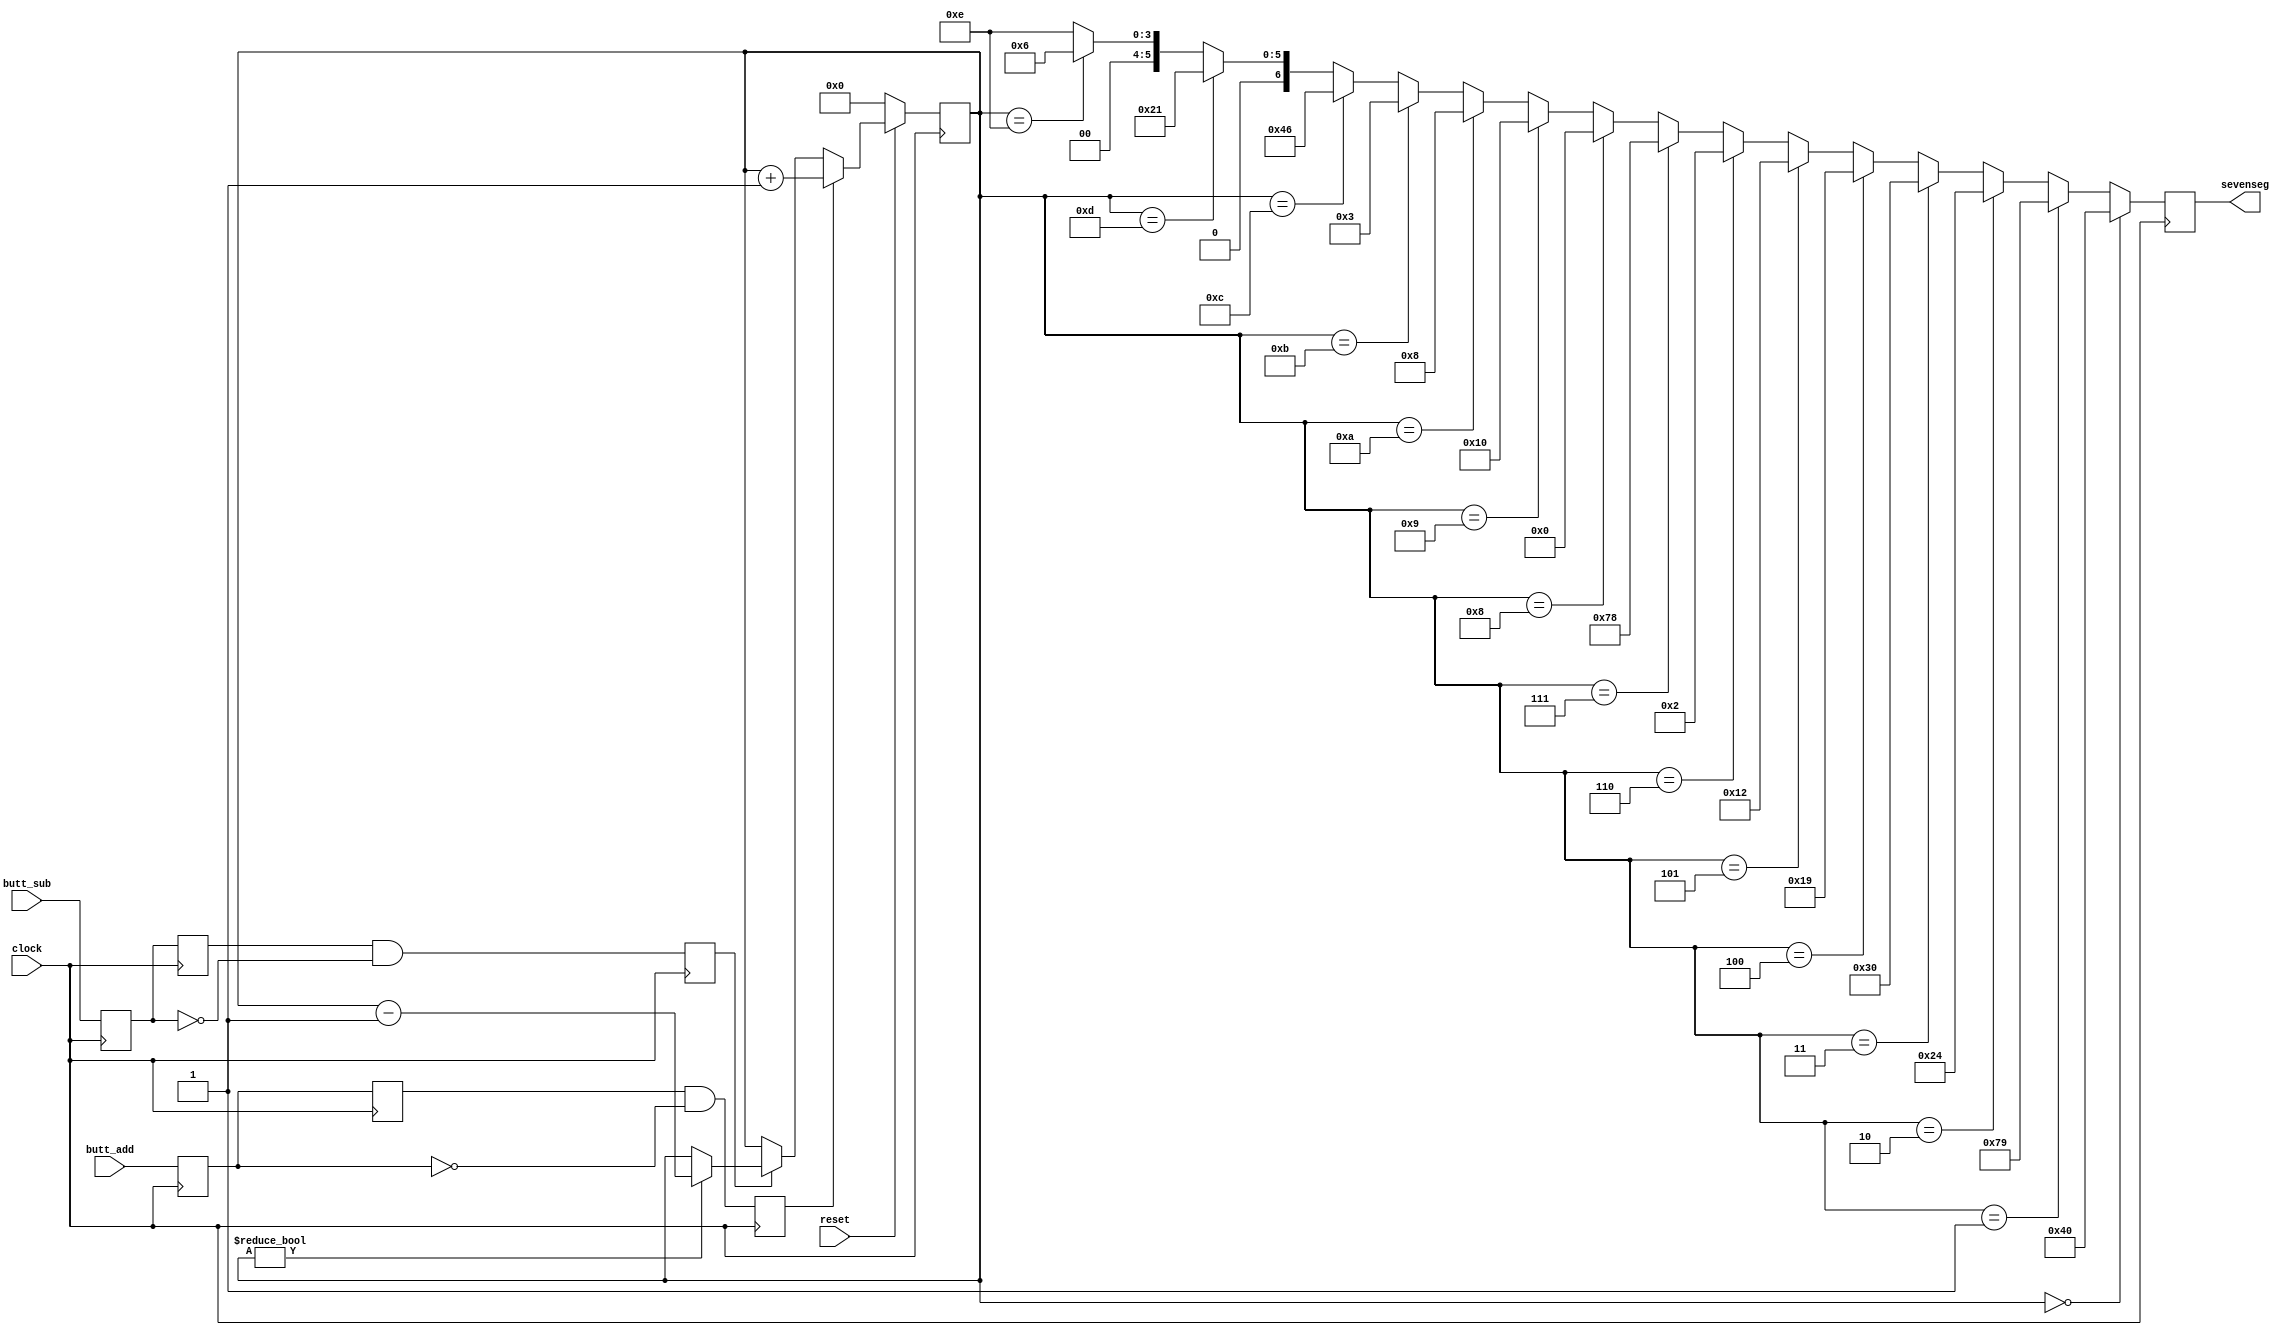
module counter (
	input clock,
	input reset,
	input butt_add,
	input butt_sub,
	output reg [6:0] sevenseg
);

reg butt_r_add;
reg butt_rr_add;
reg push_add;

reg butt_r_sub;
reg butt_rr_sub;
reg push_sub;

reg [3:0] num;

always@(posedge clock)
begin
	if(!reset)
	begin
		sevenseg <= 0;
		num <= 0;
	end
	
	else if(push_add)
		num <= num + 4'h1;
		
	else if(push_sub)
	begin
		if (num != 4'h0)
			num <= num - 4'h1;
	end
			
	sevenseg <= (num == 4'h0) ? 7'b1000000:
		    (num == 4'h1) ? 7'b1111001:
  		    (num == 4'h2) ? 7'b0100100:
		    (num == 4'h3) ? 7'b0110000:
		    (num == 4'h4) ? 7'b0011001:
		    (num == 4'h5) ? 7'b0010010:
		    (num == 4'h6) ? 7'b0000010:
		    (num == 4'h7) ? 7'b1111000:
		    (num == 4'h8) ? 7'b0000000:
		    (num == 4'h9) ? 7'b0010000:
		    (num == 4'ha) ? 7'b0001000:
		    (num == 4'hb) ? 7'b0000011:
		    (num == 4'hc) ? 7'b1000110:
		    (num == 4'hd) ? 7'b0100001:
		    (num == 4'he) ? 7'b0000110:
		    7'b0001110;
end

always@(posedge clock)
begin
	butt_r_add <= butt_add;
	butt_rr_add <= butt_r_add;
	push_add <= butt_rr_add & ~butt_r_add;
end

always@(posedge clock)
begin
	butt_r_sub <= butt_sub;
	butt_rr_sub <= butt_r_sub;
	push_sub <= butt_rr_sub & ~butt_r_sub;
end	
endmodule